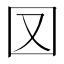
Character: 㘝